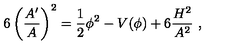
6 \left( { \frac { A ^ { \prime } } { A } } \right) ^ { 2 } = { \frac { 1 } { 2 } } \phi ^ { 2 } - V ( \phi ) + 6 { \frac { H ^ { 2 } } { A ^ { 2 } } } \ ,